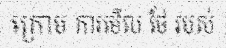
ក្រោម ការមើល ថែ របស់